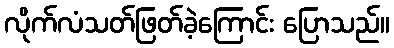
လိုက်လံသတ်ဖြတ်ခဲ့ကြောင်း ပြောသည်။